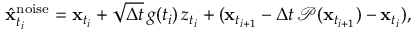
\begin{array} { r } { \hat { \mathbf { x } } _ { t _ { i } } ^ { \mathrm { n o i s e } } = \mathbf { x } _ { t _ { i } } + \sqrt { \Delta t } \, g ( t _ { i } ) \, z _ { t _ { i } } + ( \mathbf { x } _ { t _ { i + 1 } } - \Delta t \, \mathcal { P } ( \mathbf { x } _ { t _ { i + 1 } } ) - \mathbf { x } _ { t _ { i } } ) , } \end{array}